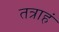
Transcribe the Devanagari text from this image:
तत्राहं